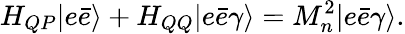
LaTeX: H_{QP}|e\bar{e}\rangle+H_{QQ}|e\bar{e}\gamma\rangle=M_{n}^{2}|e\bar{e}\gamma\rangle.